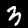
Label: 3